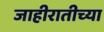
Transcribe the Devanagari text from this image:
जाहीरातीच्या